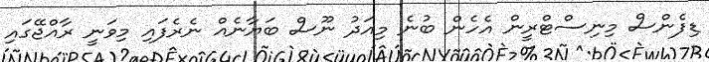
ޑިފެންސް މިނިސްޓްރީން އެހެން ބުނެ މިއަދު ނޫސް ބަޔާނެއް ނެރެފައި މިވަނީ ރާއްޖޭގައި